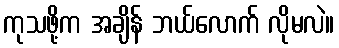
ကုသဖို့က အချိန် ဘယ်လောက် လိုမလဲ။